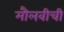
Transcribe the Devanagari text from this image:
मौलवीची